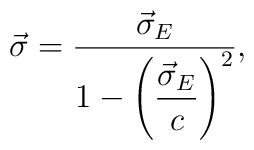
\vec\sigma=\frac{\vec\sigma_E}{1-\left(\displaystyle\frac{\vec\sigma_E}{c}\right)^2},